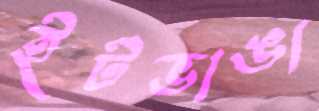
ইটভাঙা